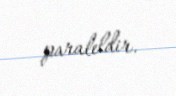
paraleldir.